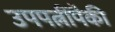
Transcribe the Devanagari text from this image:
उपपत्नींपैकी